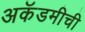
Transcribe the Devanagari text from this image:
अकॅडमीची